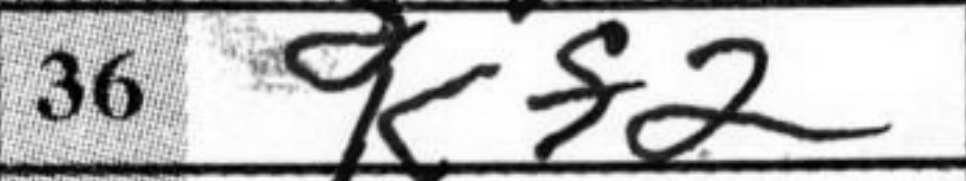
Transcription: Kf2